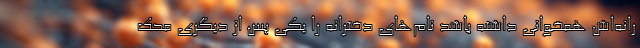
رانه‌اش همخوانی داشته باشد نام‌های دخترانه را یکی پس از دیگری محک